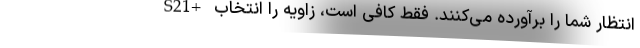
S21+ انتظار شما را برآورده می‌کنند. فقط کافی است، زاویه را انتخاب